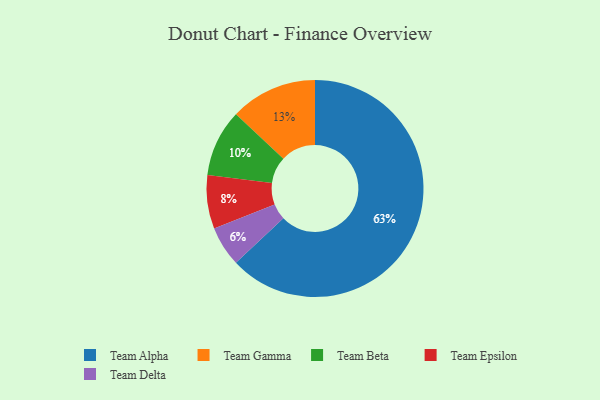
{"axis": {"x": "Category", "y": "Percentage"}, "legend": ["Team Alpha", "Team Beta", "Team Delta", "Team Epsilon", "Team Gamma"], "data": [{"x": "Team Epsilon", "y": 8, "type": "Team Epsilon"}, {"x": "Team Beta", "y": 10, "type": "Team Beta"}, {"x": "Team Delta", "y": 6, "type": "Team Delta"}, {"x": "Team Alpha", "y": 63, "type": "Team Alpha"}, {"x": "Team Gamma", "y": 13, "type": "Team Gamma"}]}